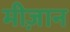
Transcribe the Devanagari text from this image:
मीज़ान